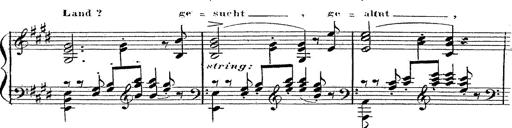
Title: 12 Lieder von Franz Schubert
Composer: Franz Liszt